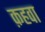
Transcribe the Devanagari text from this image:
क़हवा